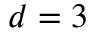
d = 3